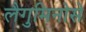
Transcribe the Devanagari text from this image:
लैगुमिनोसे